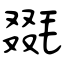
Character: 毲